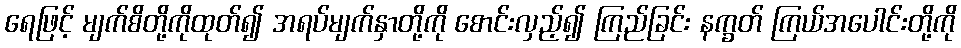
ရေဖြင့် မျက်စိတို့ကိုထုတ်၍ အရပ်မျက်နှာတို့ကို စောင်းလှည့်၍ ကြည်ခြင်း နက္ခတ် ကြယ်အပေါင်းတို့ကို